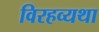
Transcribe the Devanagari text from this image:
विरहव्यथा